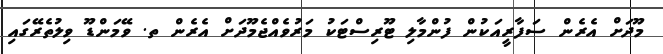
މޫދަށް އެރެން ސަފާރީއަކުން ފުންމާލި ޓޫރިސްޓަކު މަރުވެއްޖެމޫދަށް އެެރެން ތ. ވޭމަންޑޫ ވިލުތެރޭގައި